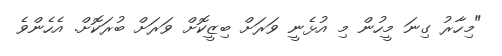
"މިހާރު ގިނަ މީހުން މި އުޅެނީ ވަރަށް ބިޒީކޮށް ވަރަށް ބުރަކޮށް. އެހެންވެ